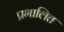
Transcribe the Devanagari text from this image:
प्रभालित